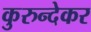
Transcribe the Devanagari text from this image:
कुरुन्देकर